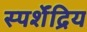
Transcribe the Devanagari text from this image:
स्पर्शेंद्रिय